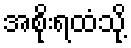
အစိုးရထံသို့